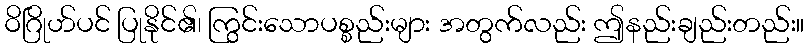
ဝိဂြိုဟ်ပင် ပြုနိုင်၏၊ ကြွင်းသောပစ္စည်းများ အတွက်လည်း ဤနည်းချည်းတည်း။